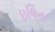
ઇલિના